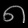
Digit: ၈